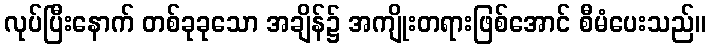
လုပ်ပြီးနောက် တစ်ခုခုသော အချိန်၌ အကျိုးတရားဖြစ်အောင် စီမံပေးသည်။